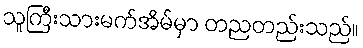
သူကြီးသားမက်အိမ်မှာ တညတည်းသည်။